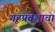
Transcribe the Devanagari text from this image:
गृहप्रवेशाचा